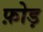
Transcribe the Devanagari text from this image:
फ़ोड़